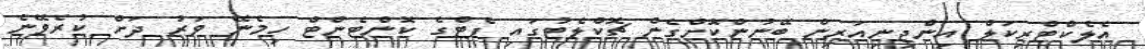
އެލެކްޓްރިކަލް އިންޖިނިއަރިން ބޭނުންކޮށްގެން ޗޮކްލެޓުގައި ފެޓްގެ ކޮންޓެންޓް ހިމެނޭ ވަރު ދަށް ކުރެވޭނެ